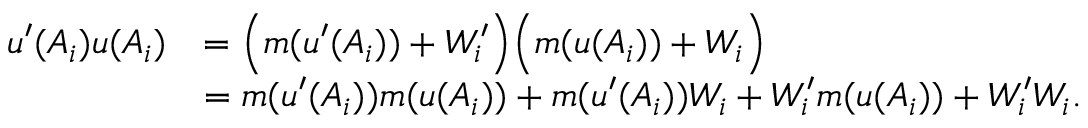
\begin{array} { r l } { u ^ { \prime } ( A _ { i } ) u ( A _ { i } ) } & { = \Big ( m ( u ^ { \prime } ( A _ { i } ) ) + W _ { i } ^ { \prime } \Big ) \Big ( m ( u ( A _ { i } ) ) + W _ { i } \Big ) } \\ & { = m ( u ^ { \prime } ( A _ { i } ) ) m ( u ( A _ { i } ) ) + m ( u ^ { \prime } ( A _ { i } ) ) W _ { i } + W _ { i } ^ { \prime } m ( u ( A _ { i } ) ) + W _ { i } ^ { \prime } W _ { i } . } \end{array}